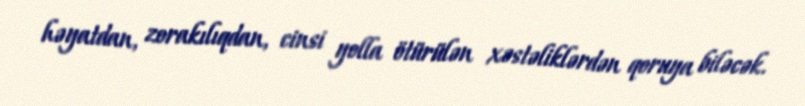
həyatdan, zorakılıqdan, cinsi yolla ötürülən xəstəliklərdən qoruya biləcək.